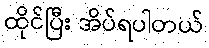
ထိုင်ပြီး အိပ်ရပါတယ်